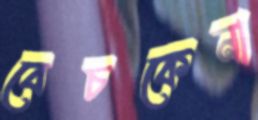
বেচকেনা